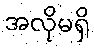
အလိုမရှိ